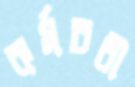
কর্মচরী